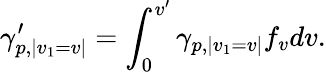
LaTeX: \gamma_{p,|v_{1}=v|}^{\prime}=\int_{0}^{v^{\prime}}\gamma_{p,|v_{1}=v|}f_{v}dv.